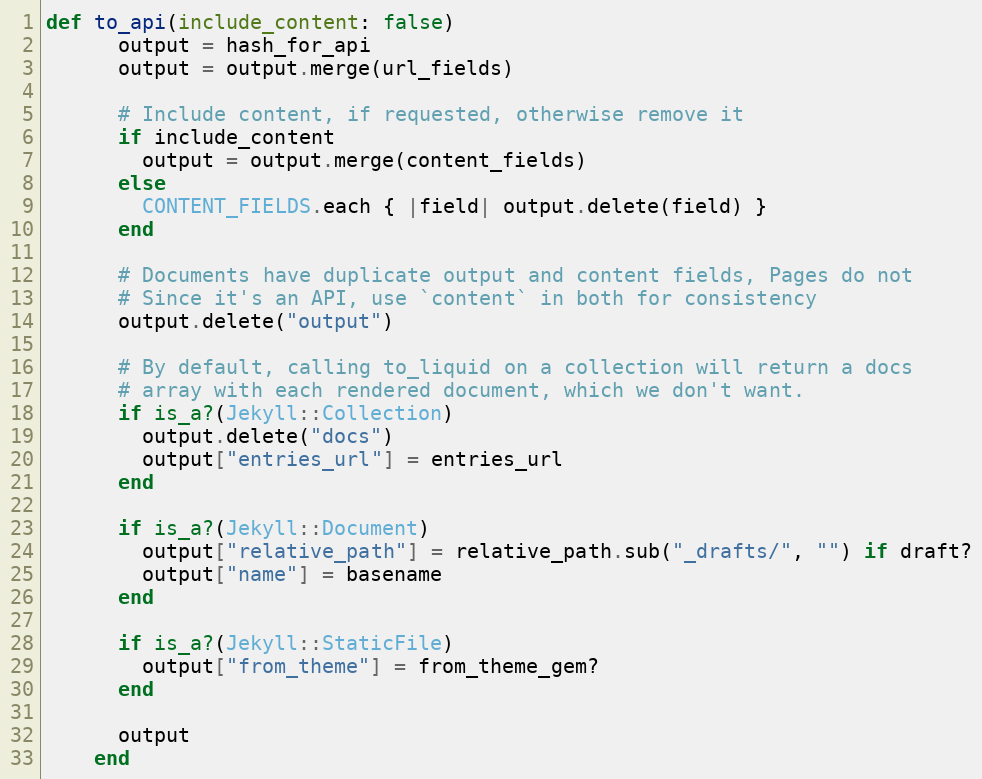
Language: Ruby
def to_api(include_content: false)
      output = hash_for_api
      output = output.merge(url_fields)

      # Include content, if requested, otherwise remove it
      if include_content
        output = output.merge(content_fields)
      else
        CONTENT_FIELDS.each { |field| output.delete(field) }
      end

      # Documents have duplicate output and content fields, Pages do not
      # Since it's an API, use `content` in both for consistency
      output.delete("output")

      # By default, calling to_liquid on a collection will return a docs
      # array with each rendered document, which we don't want.
      if is_a?(Jekyll::Collection)
        output.delete("docs")
        output["entries_url"] = entries_url
      end

      if is_a?(Jekyll::Document)
        output["relative_path"] = relative_path.sub("_drafts/", "") if draft?
        output["name"] = basename
      end

      if is_a?(Jekyll::StaticFile)
        output["from_theme"] = from_theme_gem?
      end

      output
    end